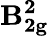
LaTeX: \mathbf{B_{2g}^{2}}